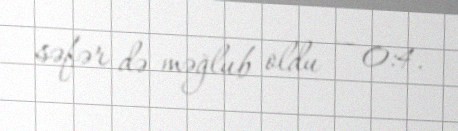
səfər də məğlub oldu — 0:4.